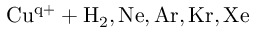
\mathrm { C u ^ { q + } + H _ { 2 } , N e , A r , K r , X e }